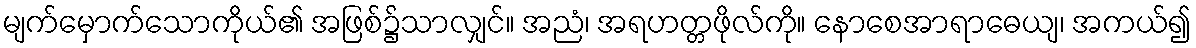
မျက်မှောက်သောကိုယ်၏ အဖြစ်၌သာလျှင်။ အညံ၊ အရဟတ္တဖိုလ်ကို။ နောစေအာရာဓေယျ၊ အကယ်၍